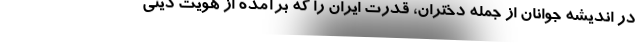
در اندیشه جوانان از جمله دختران، قدرت ایران را که برآمده از هویت دینی